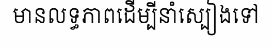
មានលទ្ធភាពដើម្បីនាំស្បៀងទៅ